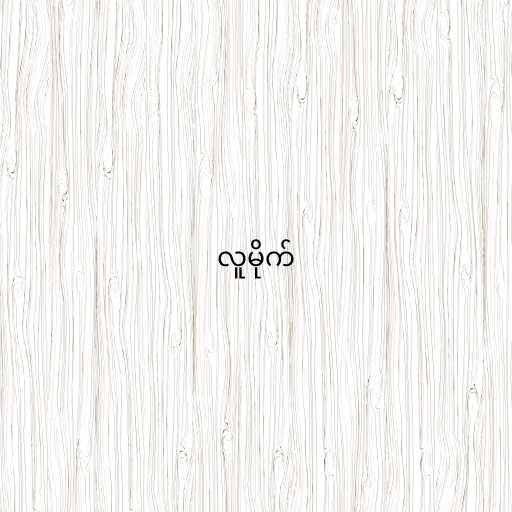
လူမိုက်